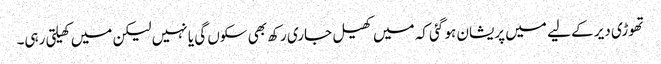
تھوڑی دیر کے لیے میں پریشان ہو گئی کہ میں کھیل جاری رکھ بھی سکوں گی یا نہیں لیکن میں کھیلتی رہی۔